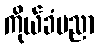
ကိုယ်ခံပညာ